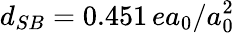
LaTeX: d_{SB}=0.451\, ea_{0}/a_{0}^{2}